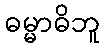
ဓမ္မာဓိဘူ